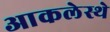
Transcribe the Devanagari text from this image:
आकलेस्थे